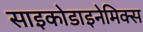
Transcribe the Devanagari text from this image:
साइकोडाइनेमिक्स